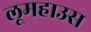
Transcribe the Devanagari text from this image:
लूमहाउस